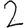
Digit: 2